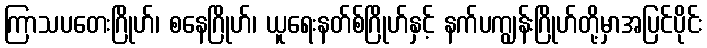
ကြာသပတေးဂြိုဟ်၊ စနေဂြိုဟ်၊ ယူရေးနတ်စ်ဂြိုဟ်နှင့် နက်ပကျွန်းဂြိုဟ်တို့မှာအပြင်ပိုင်း